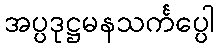
အပ္ပဒုဋ္ဌမနသင်္ကပ္ပေါ